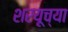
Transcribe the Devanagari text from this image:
शरयूच्या